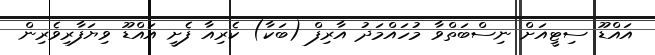
އައްޑޫ ސިޓީއަށް ނިސްބަތްވާ މުހައްމަދު އާރިފް (ބަކާ) ކެރިއާ ފެށީ އައްޑޫ ވިޔަފާރިވެރިން